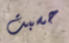
حسبت